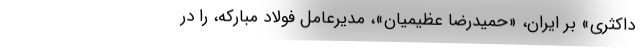
داکثری» بر ایران، «حمیدرضا عظیمیان»، مدیرعامل فولاد مبارکه، را در